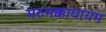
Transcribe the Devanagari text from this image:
मरुमक्काथायम